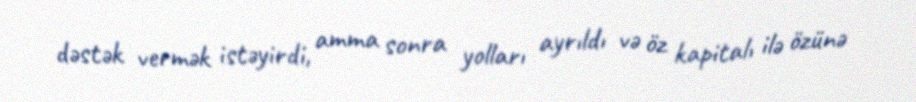
dəstək vermək istəyirdi, amma sonra yolları ayrıldı və öz kapitalı ilə özünə